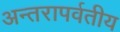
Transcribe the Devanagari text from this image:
अन्तरापर्वतीय